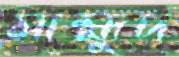
মাহ্মুদ